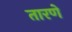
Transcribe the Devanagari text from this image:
तारणे